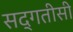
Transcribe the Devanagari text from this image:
सद्गतीसी